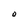
Character: O